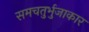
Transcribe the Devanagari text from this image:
समचतुर्भुजाकार